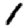
Digit: 1